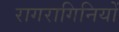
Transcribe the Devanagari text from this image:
रागरागिनियों